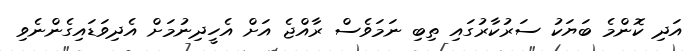
އަދި ކޮންމެ ބަޔަކު ސަރުކާރުގައި ތިބި ނަމަވެސް ރާއްޖެ އަށް އެހީދިނުމަށް އެދިވަޑައިގެންނެވި